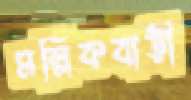
মল্লিকবাড়ী